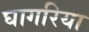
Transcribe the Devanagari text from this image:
घागरिया